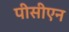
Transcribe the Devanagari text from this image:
पीसीएन